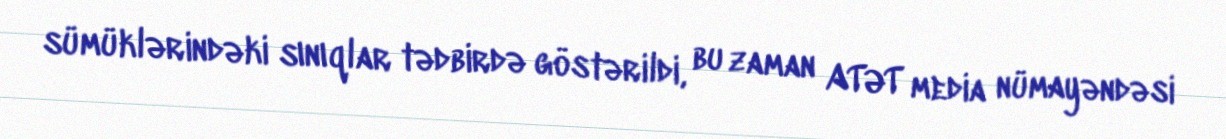
sümüklərindəki sınıqlar tədbirdə göstərildi, bu zaman ATƏT media nümayəndəsi